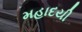
મહાદયી